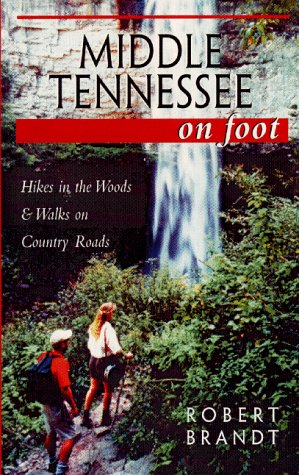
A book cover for Middle Tennessee on Foot Hikes in the Woods & Walks on Country Roads; Robert Brandt; Travel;